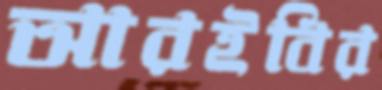
আরইবির